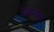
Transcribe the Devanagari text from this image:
पद्यसर